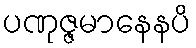
ပဏုဇ္ဇမာနေနပိ